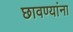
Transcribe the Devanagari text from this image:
छावण्यांना